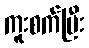
ကူးစက်ပြီး